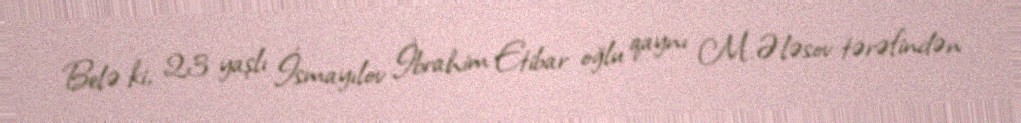
Belə ki, 23 yaşlı İsmayılov İbrahim Etibar oğlu qaynı M.Ələsov tərəfindən